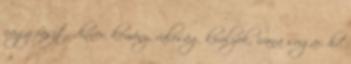
nagy faszt, dinner, kemény, valóság királyok, ivana sugar, hd